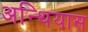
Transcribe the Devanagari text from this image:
अन्थियास